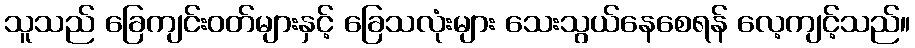
သူသည် ခြေကျင်းဝတ်များနှင့် ခြေသလုံးများ သေးသွယ်နေစေရန် လေ့ကျင့်သည်။